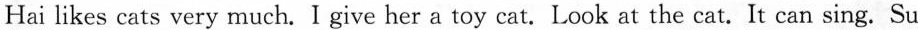
Hai likes cats very much. I give her a toy cat.Look at the cat.It can sing. Su